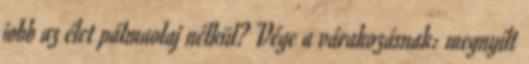
jobb az élet pálmaolaj nélkül? Vége a várakozásnak: megnyílt